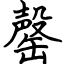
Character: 罄